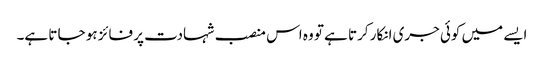
ایسے میں کوئی جری انکار کرتا ہے تو وہ اس منصب شہادت پر فائز ہو جا تا ہے۔